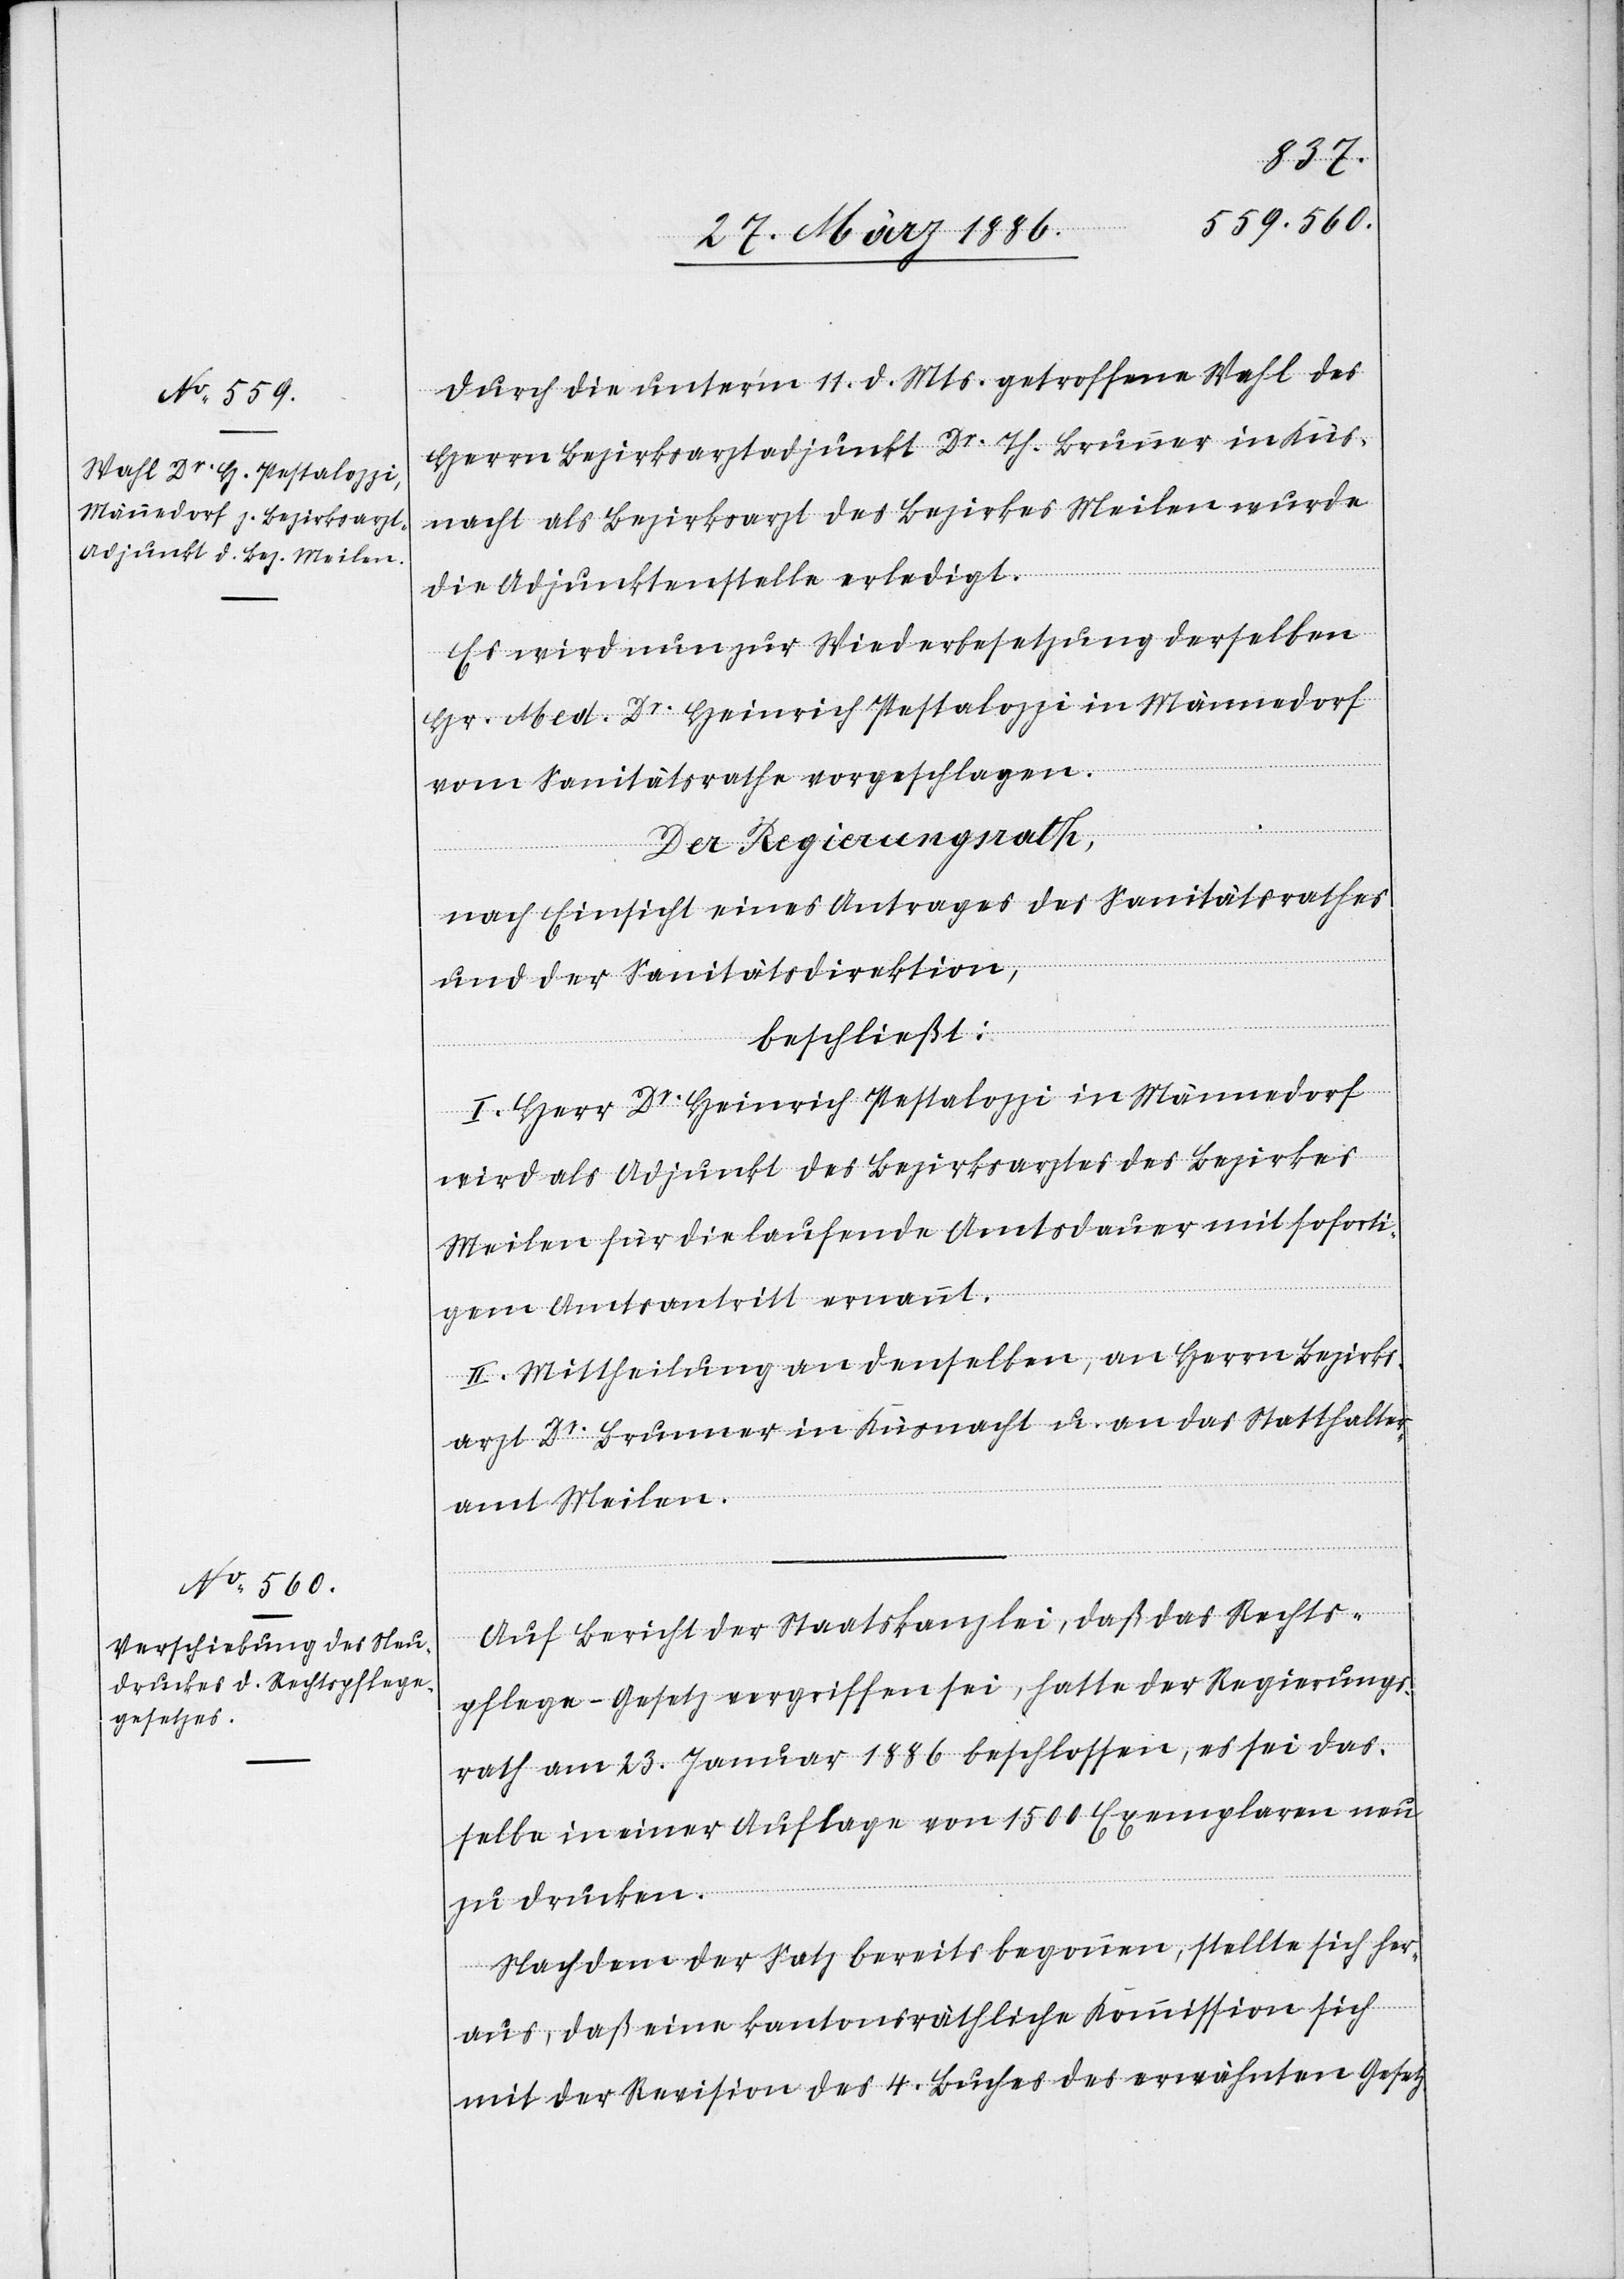
Durch die unter’m 11. d. Mts. getroffene Wahl des
Herrn Bezirksarztadjunkt Dr. Th. Brunner in Küs¬
nacht als Bezirksarzt des Bezirkes Meilen wurde
die Adjunktenstelle erledigt.
Es wird nun zur Wiederbesetzung derselben
Hr. Med. Dr. Heinrich Pestalozzi in Männedorf
vom Sanitätsrathe vorgeschlagen.
Der Regierungsrath,
nach Einsicht eines Antrages des Sanitätsrathes
und der Sanitätsdirektion,
beschließt:
I. Herr Dr. Heinrich Pestalozzi in Männedorf
wird als Adjunkt des Bezirksarztes des Bezirks
Meilen für die laufende Amtsdauer mit soforti¬
gem Amtsantritt ernannt.
II. Mittheilung an denselben, an Herrn Bezirks¬
arzt Dr. Brunner in Küsnacht u. an das Statthalter¬
amt Meilen.
Auf Bericht der Staatskanzlei, daß das Rechts¬
pflege-Gesetz vergriffen sei, hatte der Regierungs¬
rath am 23. Januar 1886 beschlossen, es sei das¬
selbe in einer Auflage von 1500 Exemplaren neu
zu drucken.
Nachdem der Satz bereits begonnen, stellte sich her¬
aus, daß eine kantonsräthliche Kommission sich
mit der Revision des 4. Buches des erwähnten Gesetzes